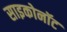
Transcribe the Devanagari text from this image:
साइकोनॉट